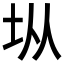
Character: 𭎂